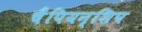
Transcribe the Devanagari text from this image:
चैंपियन्शिप